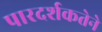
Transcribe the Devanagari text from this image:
पारदर्शकतेने